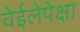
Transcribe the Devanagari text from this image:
वेईलेपेक्षा